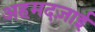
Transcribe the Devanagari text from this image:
अहमदज़ाई